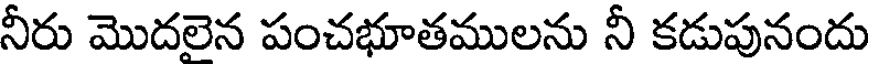
నీరు మొదలైన పంచభూతములను నీ కడుపునందు